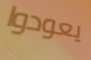
يعودوا